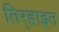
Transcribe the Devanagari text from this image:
तिर्‍हाइत